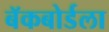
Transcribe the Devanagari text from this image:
बॅकबोर्डला